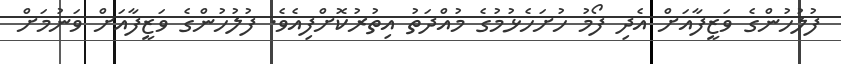
ފުލުހުންގެ ވަޒީފާއަށް އެދި ފޯމު ހުށަހެޅުމުގެ މުއްދަތު އިތުރުކޮށްފިއެވެ. ފުލުހުންގެ ވަޒީފާއަށް ވަނުމަށް